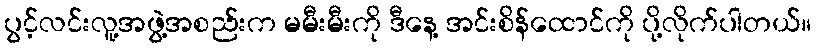
ပွင့်လင်းလူ့အဖွဲ့အစည်းက မမီးမီးကို ဒီနေ့ အင်းစိန်ထောင်ကို ပို့လိုက်ပါတယ်။